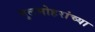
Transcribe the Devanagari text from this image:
गुलमोहरांच्या